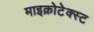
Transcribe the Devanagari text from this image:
माइक्रोटेक्स्ट